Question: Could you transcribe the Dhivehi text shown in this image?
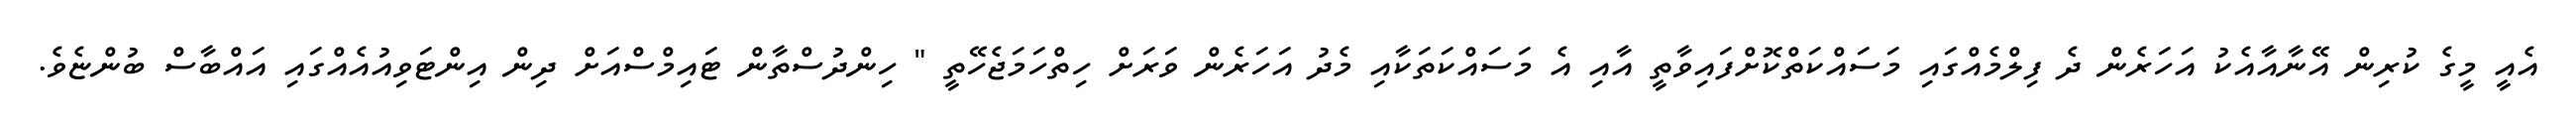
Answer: އެއީ މީގެ ކުރިން އޭނާއާއެކު އަހަރެން ދެ ފިލްމެއްގައި މަސައްކަތްކޮށްފައިވާތީ އާއި އެ މަސައްކަތަކާއި މެދު އަހަރެން ވަރަށް ހިތްހަމަޖެހޭތީ " ހިންދުސްތާން ޓައިމްސްއަށް ދިން އިންޓަވިއުއެއްގައި އައްބާސް ބުންޏެވެ.